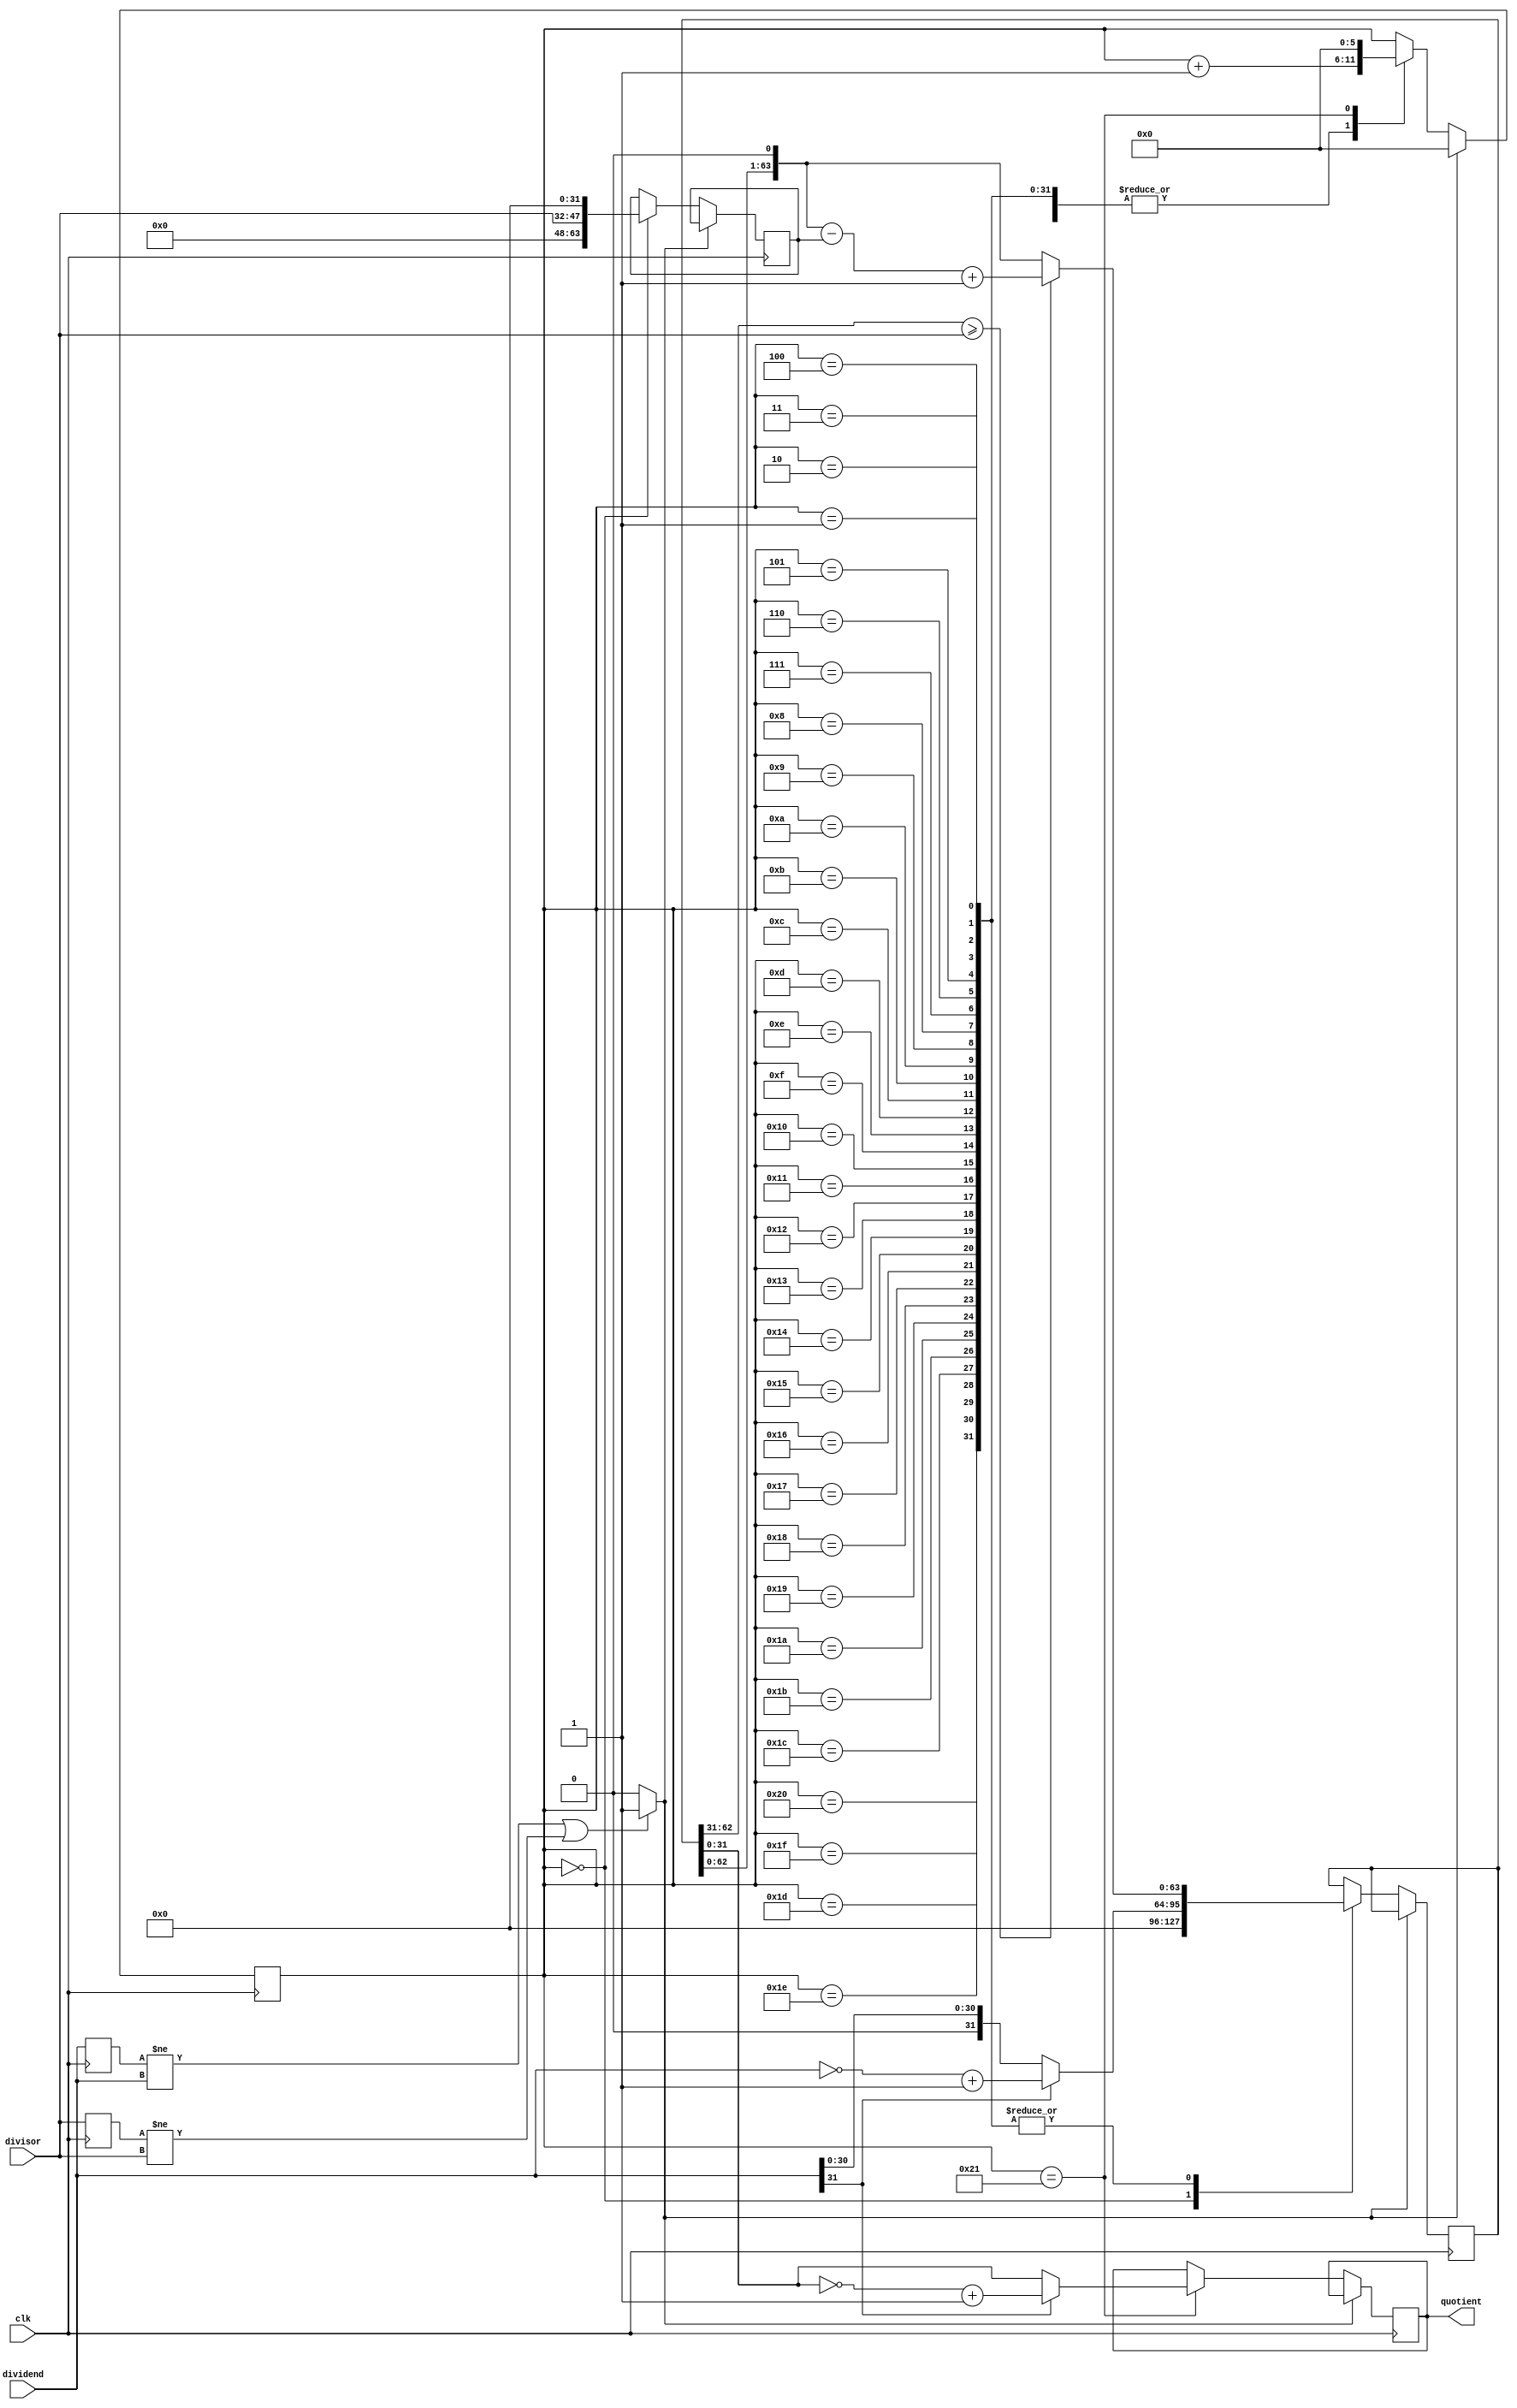
module Div_shift(clk,dividend,divisor,quotient);

input wire clk;
input wire[31:0] dividend;
input wire[15:0] divisor;
output reg[31:0] quotient = 32'h0000_0000;

reg[31:0] tempa = 32'd0;
reg[31:0] tempb = 32'd0;

reg[63:0] temp_a = 64'h0000_0000_0000_0000;
reg[63:0] temp_b = 64'h0000_0000_0000_0000;

reg flag = 1'b0;
reg[5:0] counter = 6'd0;

always@(posedge clk)	begin
//ͳһµ¸ֵ׼
if((tempa != dividend) || (tempb != divisor)) begin
	flag = 1'b1;
	tempa = dividend;
	tempb = {16'h0000,divisor};
end
else begin
	flag = 1'b0;
	tempa = dividend;
	tempb = {16'h0000,divisor};
end
//㿪ʼ	
if(flag)	begin
	counter = 6'd0;
	flag = 1'b0;
end
else
	case(counter)
		0 : begin
			temp_a = tempa[31] ? {32'h0000_0000, ~tempa + 1} : {32'h0000_0000, tempa};//ת޷
			temp_b = {tempb, 32'h0000_0000};
			counter = counter + 1'b1;	
		end
		
		1,2,3,4,5,6,7,8,9,10,
		11,12,13,14,15,16,17,
		18,19,20,21,22,23,24,
		25,26,27,28,29,30,31,
		32 :	begin
			temp_a = {temp_a[62:0], 1'b0};
			if (temp_a[63:32] >= tempb) temp_a = temp_a - temp_b + 1'b1;
			else temp_a = temp_a;
			counter = counter + 1'b1;	
		end

		33 : begin
			counter = 6'd0;
			quotient = tempa[31] ? {~temp_a[31:0] + 1} : temp_a[31:0];
		end
	endcase
end
endmodule